Report on the lunatic asylums under the Government of Bombay - 1904-1913
Year: 1904
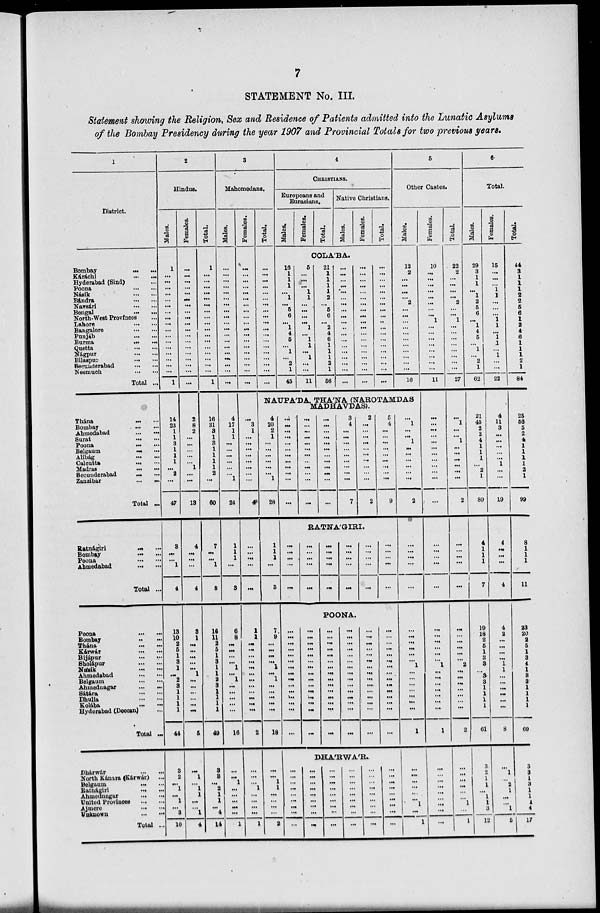
7
STATEMENT No. III.
Statement showing the Religion, Sex and Residence of Patients admitted into the Lunatic Asylums
of the Bombay Presidency during the year 1907 and Provincial Totals for two previous years.
1
District.
Bombay ... ...
Káráchi ... ...
Hyderabad (Sind) ...
Poona
...
...
Násik
...
...
Bándra... ...
Navsári
...
...
Bengal ... ...
North-West Provinces ...
Lahore
...
...
Bangalore
...
...
Punjab
...
...
Burma ... ...
Quetta
...
...
Nágpur
...
...
Bilaspur
...
...
Secunderabad
...
...
Neemuch
...
...
Total ...
Thána
...
...
Bombay ... ...
Ahmedabad
...
...
Surat
...
...
Poona
...
...
Belgaum
...
...
Alibág ... ...
Calcutta
...
...
Madras
...
...
Secunderabad ... ...
Zanzibar
...
...
Total ...
Ratnágiri ... ...
Bombay
...
...
Poona
...
...
Ahmedabad ... ...
Total ...
Poona
...
...
Bombay
...
...
Thána
...
...
Kárwár
...
...
Bijápur
...
...
Sholápur
...
...
Násik
...
...
Ahmedabad
...
...
Belgaum
...
...
Ahmedaagar ... ...
Satára
...
...
Dhulia
...
...
Kolába
...
...
Hyderabad (Deccan)...
Total ...
Dhárwár
...
North Kánara (Kárwár) ...
Belgaum
...
...
Ratnágiri
...
...
Ahmednagar
...
...
United Provinces ... ...
Ajmere
...
...
Unknown
...
...
Total ...
2
Hindus.
Males.
1
...
...
...
...
...
...
...
...
...
...
...
...
...
...
...
...
...
1
14
23
1
1
3
1
1
1
...
2
...
47
8
...
...
1
4
13
10
2
5
1
3
1
...
2
3
1
1
1
1
44
3
2
...
1
...
1
...
3
10
Females.
...
...
...
...
...
...
...
...
...
...
...
...
...
...
...
...
...
...
...
2
8
2
...
...
...
...
...
1
...
...
13
4
...
...
...
4
3
1
...
...
...
...
...
1
...
...
...
...
...
...
5
...
1
...
1
1
...
...
1
4
Total.
1
...
...
...
...
...
...
...
...
...
...
...
...
...
...
...
...
...
1
16
31
3
1
3
1
1
1
1
2
...
60
7
...
...
1
8
16
11
2
5
1
3
1
1
2
3
1
1
1
1
49
3
3
...
2
1
1
...
4
14
3
Mahomedans.
Males.
...
...
...
...
...
...
...
...
...
...
...
...
...
...
...
...
...
...
...
4
17
1
1
...
...
...
...
...
...
1
24
1
1
1
...
8
6
8
...
...
...
...
1
...
1
...
...
...
...
...
16
...
...
1
...
...
...
...
...
1
Females.
...
...
...
...
...
...
...
...
...
...
...
...
...
...
...
...
...
...
...
...
3
1
...
...
...
...
...
...
...
...
4
...
...
...
...
...
1
1
...
...
...
...
...
...
...
...
...
...
...
...
2
...
...
...
1
...
...
...
...
1
Total.
...
...
...
...
...
...
...
...
...
...
...
...
...
...
...
...
...
...
...
4
CHRISTIANS.
Europeans and
Eurasians.
Males.
Females.
Total.
Native Christians.
Males.
Females.
Total.
COLA'BA.
16
1
1
1
...
1
...
5
6
...
1
4
5
...
1
...
2
1
45
5
...
...
...
1
1
...
...
...
...
1
...
1
1
...
1
...
...
11
21
1
1
1
1
2
...
5
6
...
2
4
6
1
1
1
2
1
56
...
...
...
...
...
...
...
...
...
...
...
...
...
...
...
...
...
...
...
...
...
...
...
...
...
...
...
...
...
...
...
...
...
...
...
...
...
...
...
...
...
...
...
...
...
...
...
...
...
...
...
...
...
...
...
...
...
5
Other Castes.
Males.
13
2
...
...
...
...
2
...
...
...
...
...
...
...
...
...
...
...
16
NAUPA'DA, THA'NA (NAROTAMDAS
MADHAVDAS).
4
20
2
1
...
...
...
...
...
...
1
28
1
1
1
...
8
7
9
...
...
...
...
1
...
1
...
...
...
...
...
18
...
...
1
1
...
...
...
...
2
...
...
...
...
...
...
...
...
...
...
...
...
...
...
...
...
...
...
...
...
...
...
...
...
...
...
...
...
...
...
...
...
...
...
...
...
3
4
...
...
...
...
...
...
...
...
...
7
2
...
...
...
...
...
...
...
...
...
...
2
5
4
...
...
...
...
...
...
...
...
...
9
RATNA'GIRI.
...
...
...
...
...
...
...
...
...
...
...
...
...
...
...
...
...
...
...
...
...
...
...
...
...
...
...
...
...
...
POONA.
...
...
...
...
...
...
...
...
...
...
...
...
...
...
...
...
...
...
...
...
...
...
...
...
...
...
...
...
...
...
...
...
...
...
...
...
...
...
...
...
...
...
...
...
...
....
...
...
...
...
...
...
...
...
...
...
...
...
...
...
...
...
...
...
...
...
...
...
...
...
...
...
...
...
...
...
...
...
...
...
...
...
...
...
...
...
...
...
...
...
DHA'RWA'R.
...
...
...
...
...
...
...
...
...
...
...
...
...
...
...
...
...
...
... ...
...
...
...
...
...
...
...
...
...
...
...
...
...
...
...
...
...
...
...
...
...
...
...
...
...
...
...
...
...
...
...
...
...
...
...
1
...
...
1
...
...
...
...
...
...
2
...
...
...
...
...
...
...
...
...
...
...
1
...
...
...
...
...
...
...
1
...
...
...
...
...
...
1
...
1
Females.
10
...
...
...
...
...
...
...
...
1
...
...
...
...
...
...
...
...
11
...
...
...
...
...
...
...
...
...
...
...
...
...
...
...
...
...
...
...
...
...
...
...
1
...
...
...
...
...
...
...
1
...
...
...
...
...
...
...
...
...
Total.
22
2
...
...
...
...
2
...
...
1
...
...
...
...
...
...
...
...
27
...
1
...
...
1
...
...
...
...
...
...
2
...
...
...
...
...
...
...
...
...
...
...
2
...
...
...
...
...
...
...
2
...
...
...
...
...
...
1
...
1
6
Total.
Males.
29
3
1
1
...
1
2
5
6
...
1
4
5
...
1
...
2
1
62
21
45
2
2
4
1
1
1
...
2
1
80
4
1
1
1
7
19
18
2
5
1
3
3
...
3
3
1
1
1
1
61
3
2
1
1
...
1
1
3
12
Females.
15
...
...
...
1
1
...
...
...
1
1
...
1
1
...
1
...
...
22
4
11
3
...
...
...
...
...
1
...
...
19
4
...
...
...
4
4
2
...
...
...
...
1
1
...
...
...
...
...
...
8
...
1
...
2
1
...
...
1
5
Total.
44
3
1
1
1
2
2
5
6
1
2
4
6
1
1
1
2
1
84
25
60
5
2
4
1
1
1
1
2
1
99
8
1
1
1
11
23
20
2
5
1
3
4
1
3
3
1
1
1
1
69
3
3
1
3
1
1
1
4
17